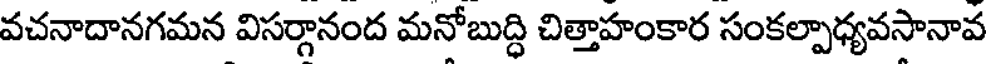
వచనాదానగమన విసర్గానంద మనోబుద్ధి చిత్తాహంకార సంకల్పాధ్యవసానావ